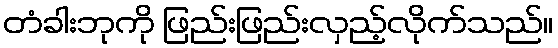
တံခါးဘုကို ဖြည်းဖြည်းလှည့်လိုက်သည်။